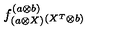
f _ { ( a \otimes X ) } ^ { ( a \otimes b ) } { } _ { ( X ^ { T } \otimes b ) }